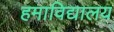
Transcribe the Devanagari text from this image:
हमाविद्यालय